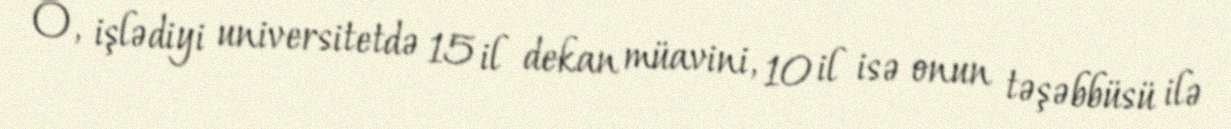
O, işlədiyi universitetdə 15 il dekan müavini, 10 il isə onun təşəbbüsü ilə